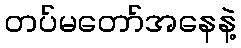
တပ်မတော်အနေနဲ့